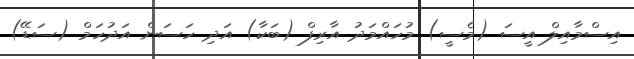
އިސްމާއިލް އީސަ (މެސީ) މުހައްމަދު އާރިފް (ބަކާ) އަދި ހަސަން އަދުހަމް (ސަޑޭ)